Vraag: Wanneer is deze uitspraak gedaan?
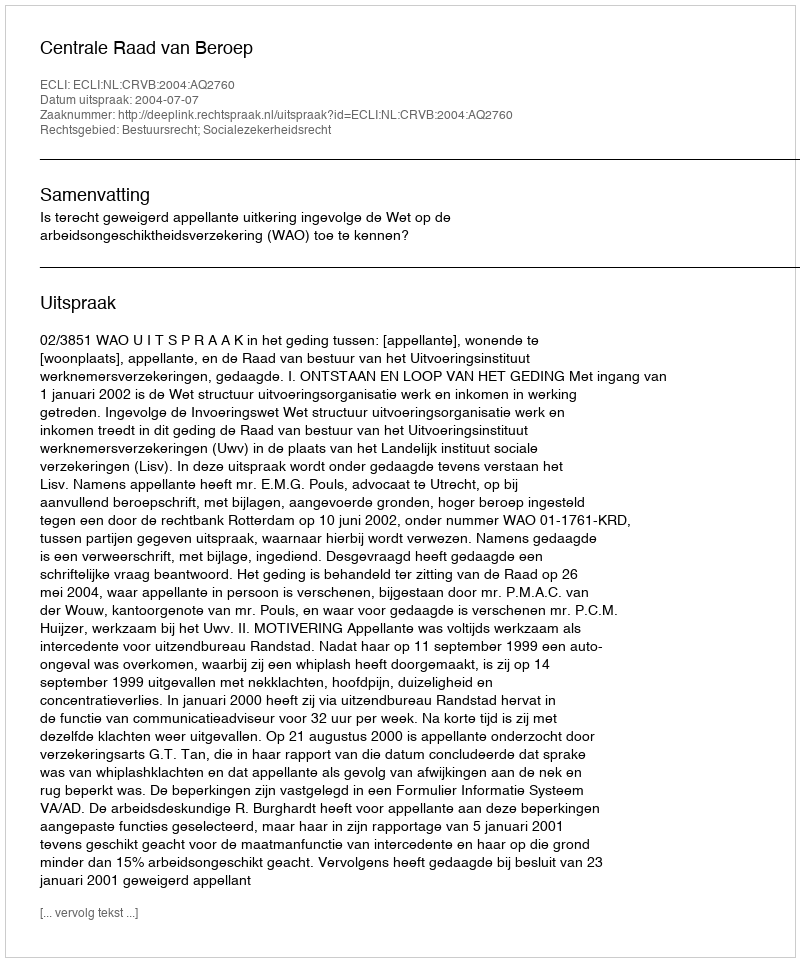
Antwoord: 2004-07-07